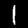
Digit: 1